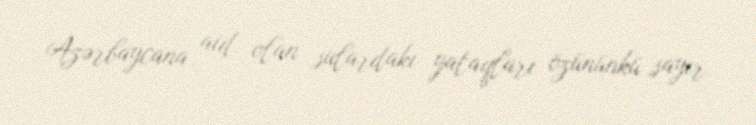
Azərbaycana aid olan sulardakı yataqları özününkü sayır.